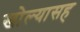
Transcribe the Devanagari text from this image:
खोल्यासह